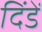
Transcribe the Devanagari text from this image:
दिंडें